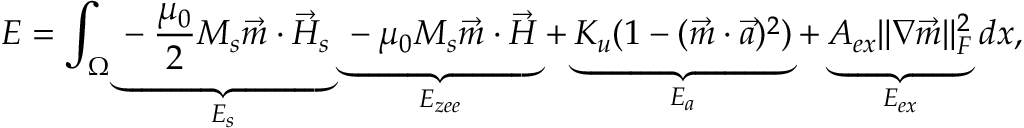
E = \int _ { \Omega } \underbrace { - \frac { \mu _ { 0 } } { 2 } M _ { s } \vec { m } \cdot \vec { H } _ { s } } _ { E _ { s } } \, \underbrace { - \mu _ { 0 } M _ { s } \vec { m } \cdot \vec { H } } _ { E _ { z e e } } + \underbrace { K _ { u } ( 1 - ( \vec { m } \cdot \vec { a } ) ^ { 2 } ) } _ { E _ { a } } + \underbrace { A _ { e x } \| \nabla \vec { m } \| _ { F } ^ { 2 } } _ { E _ { e x } } d x ,